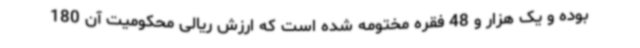
بوده و یک هزار و 48 فقره مختومه شده است که ارزش ریالی محکومیت آن 180